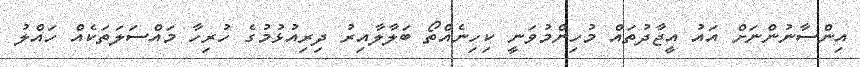
އިންސާނުންނަށް އައު އީޖާދުތައް މުހިންމުވަނީ ކިހިނެއްތޯ ބަލާލާއިރު ދިރިއުޅުމުގެ ހުރިހާ މައްސަލަތަކެއް ހައްލު